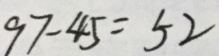
9 7 - 4 5 = 5 2